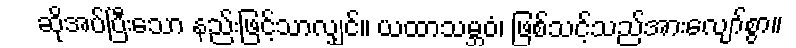
ဆိုအပ်ပြီးသော နည်းဖြင့်သာလျှင်။ ယထာသမ္ဘဝံ၊ ဖြစ်သင့်သည်အားလျော်စွာ။